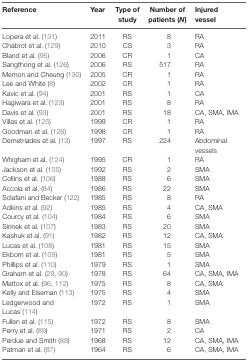
| Reference | Year | Type of study | Number of patients (N) | Injured vessel |
 | --- | --- | --- | --- | --- |
 | Lopera et al. (131) | 2011 | RS | 8 | RA |
 | Chabrot et al. (129) | 2010 | CS | 3 | RA |
 | Bland et al. (95) | 2006 | CR | 1 | CA |
 | Sangthong et al. (126) | 2006 | RS | 517 | RA |
 | Memon and Cheung (130) | 2005 | CR | 1 | RA |
 | Lee and White (8) | 2002 | CR | 1 | RA |
 | Kavic et al. (94) | 2001 | RS | 1 | CA |
 | Hagiwara et al. (123) | 2001 | RS | 8 | RA |
 | Davis et al. (93) | 2001 | RS | 18 | CA, SMA, IMA |
 | Villas et al. (125) | 1999 | CR | 1 | RA |
 | Goodman et al. (128) | 1998 | CR | 1 | RA |
 | Demetriades et al. (13) | 1997 | RS | 224 | Abdominal vessels |
 | Whigham et al. (124) | 1995 | CR | 1 | RA |
 | Jackson et al. (105) | 1992 | RS | 2 | SMA |
 | Collins et al. (106) | 1988 | RS | 6 | SMA |
 | Accola et al. (84) | 1986 | RS | 22 | SMA |
 | Sclafani and Becker (122) | 1985 | RS | 8 | RA |
 | Adkins et al. (92) | 1985 | RS | 4 | CA, SMA |
 | Courcy et al. (104) | 1984 | RS | 6 | SMA |
 | Sirinek et al. (107) | 1983 | RS | 20 | SMA |
 | Kashuk et al. (91) | 1982 | RS | 12 | CA, SMA |
 | Lucas et al. (108) | 1981 | RS | 15 | SMA |
 | Ekbom et al. (109) | 1981 | RS | 5 | SMA |
 | Phillips et al. (110) | 1979 | RS | 1 | SMA |
 | Graham et al. (29, 90) | 1978 | RS | 64 | CA, SMA, IMA |
 | Mattox et al. (96, 112) | 1975 | RS | 8 | CA, SMA |
 | Kelly and Eiseman (113) | 1975 | RS | 4 | SMA |
 | Ledgerwood and Lucas (114) | 1972 | RS | 1 | SMA |
 | Fullen et al. (115) | 1972 | RS | 8 | SMA |
 | Perry et al. (89) | 1971 | RS | 2 | CA |
 | Perdue and Smith (88) | 1968 | RS | 12 | CA, SMA, IMA |
 | Patman et al. (87) | 1964 | RS | 6 | CA, SMA, IMA |